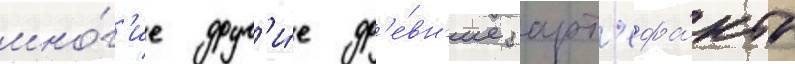
мно́г'ие друг'и́е др'е́вн'ие арт'ефа́кты